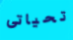
تحياتى